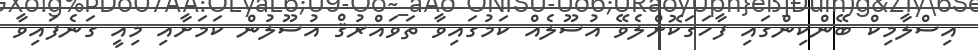
އިސްލާމިކް ބޭންކިންގައި ފާހަގަކޮށްލެވޭ އުސޫލެއް ކަމުގައިވާ ތަވައްރުޤް އުސޫލުން ކަމަށާއި މިއީ ގަނެފައިވާ